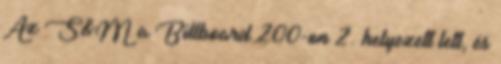
Az S&M a Billboard 200-on 2. helyezett lett, és